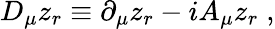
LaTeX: D_{\mu}z_{r}\equiv\partial_{\mu}z_{r}-iA_{\mu}z_{r}\; ,